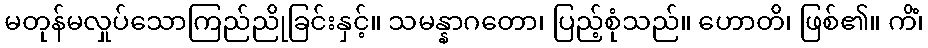
မတုန်မလှုပ်သောကြည်ညိုခြင်းနှင့်။ သမန္နာဂတော၊ ပြည့်စုံသည်။ ဟောတိ၊ ဖြစ်၏။ ကိံ၊